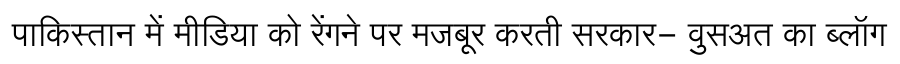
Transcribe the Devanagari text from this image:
पाकिस्तान में मीडिया को रेंगने पर मजबूर करती सरकार- वुसअत का ब्लॉग